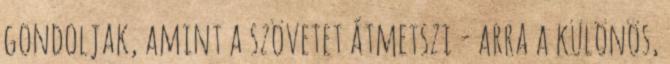
gondoljak, amint a szövetet átmetszi - arra a különös,